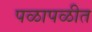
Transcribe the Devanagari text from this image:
पळापळीत